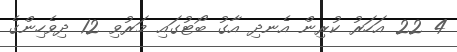
4 22 އަހަރު ކުރިން އެނދި އާގު ބޯޓުގައި މަރުވި 12 ދިވެހިންގެ